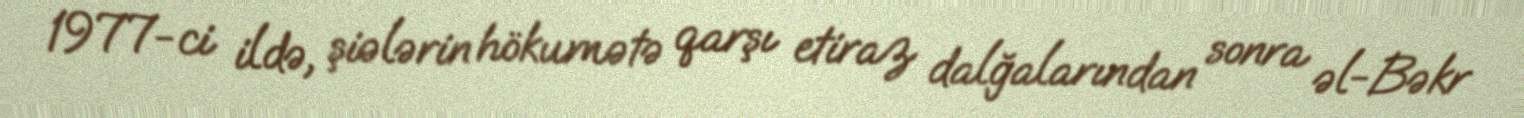
1977-ci ildə, şiələrin hökumətə qarşı etiraz dalğalarından sonra əl-Bəkr